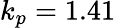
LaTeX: k_{p}=1.41